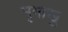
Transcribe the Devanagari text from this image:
मृगाखु